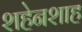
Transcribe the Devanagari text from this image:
शहेनशाह